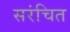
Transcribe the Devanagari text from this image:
सरंचित